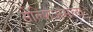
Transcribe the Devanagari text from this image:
सेल्शिअसला